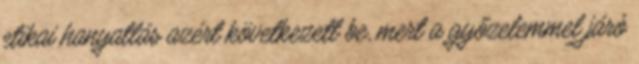
etikai hanyatlás azért következett be, mert a győzelemmel járó